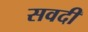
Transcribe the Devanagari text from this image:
सवदी